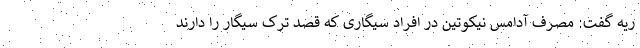
ریه گفت: مصرف آدامس نیکوتین در افراد سیگاری که قصد ترک سیگار را دارند